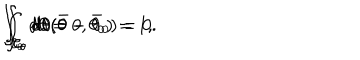
LaTeX: \int _ { { \cal C } _ { \theta } } d \theta = 0 , \hspace { 1 c m } \int _ { { \cal C } _ { \theta } } d \theta ( \theta - \theta _ { 0 } ) = 1 , \hspace { 1 c m } \int _ { { \cal C } _ { \theta } } d \theta ( \bar { \theta } - \bar { \theta } _ { 0 } ) = 0 .